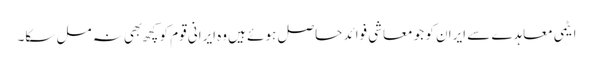
ایٹمی معاہدے سے ایران کو جو معاشی فوائد حاصل ہوئے ہیں وه ایرانی قوم کو کچھ بهی نہ مل سکا۔